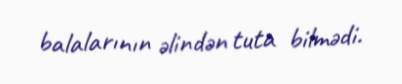
balalarının əlindən tuta bilmədi.